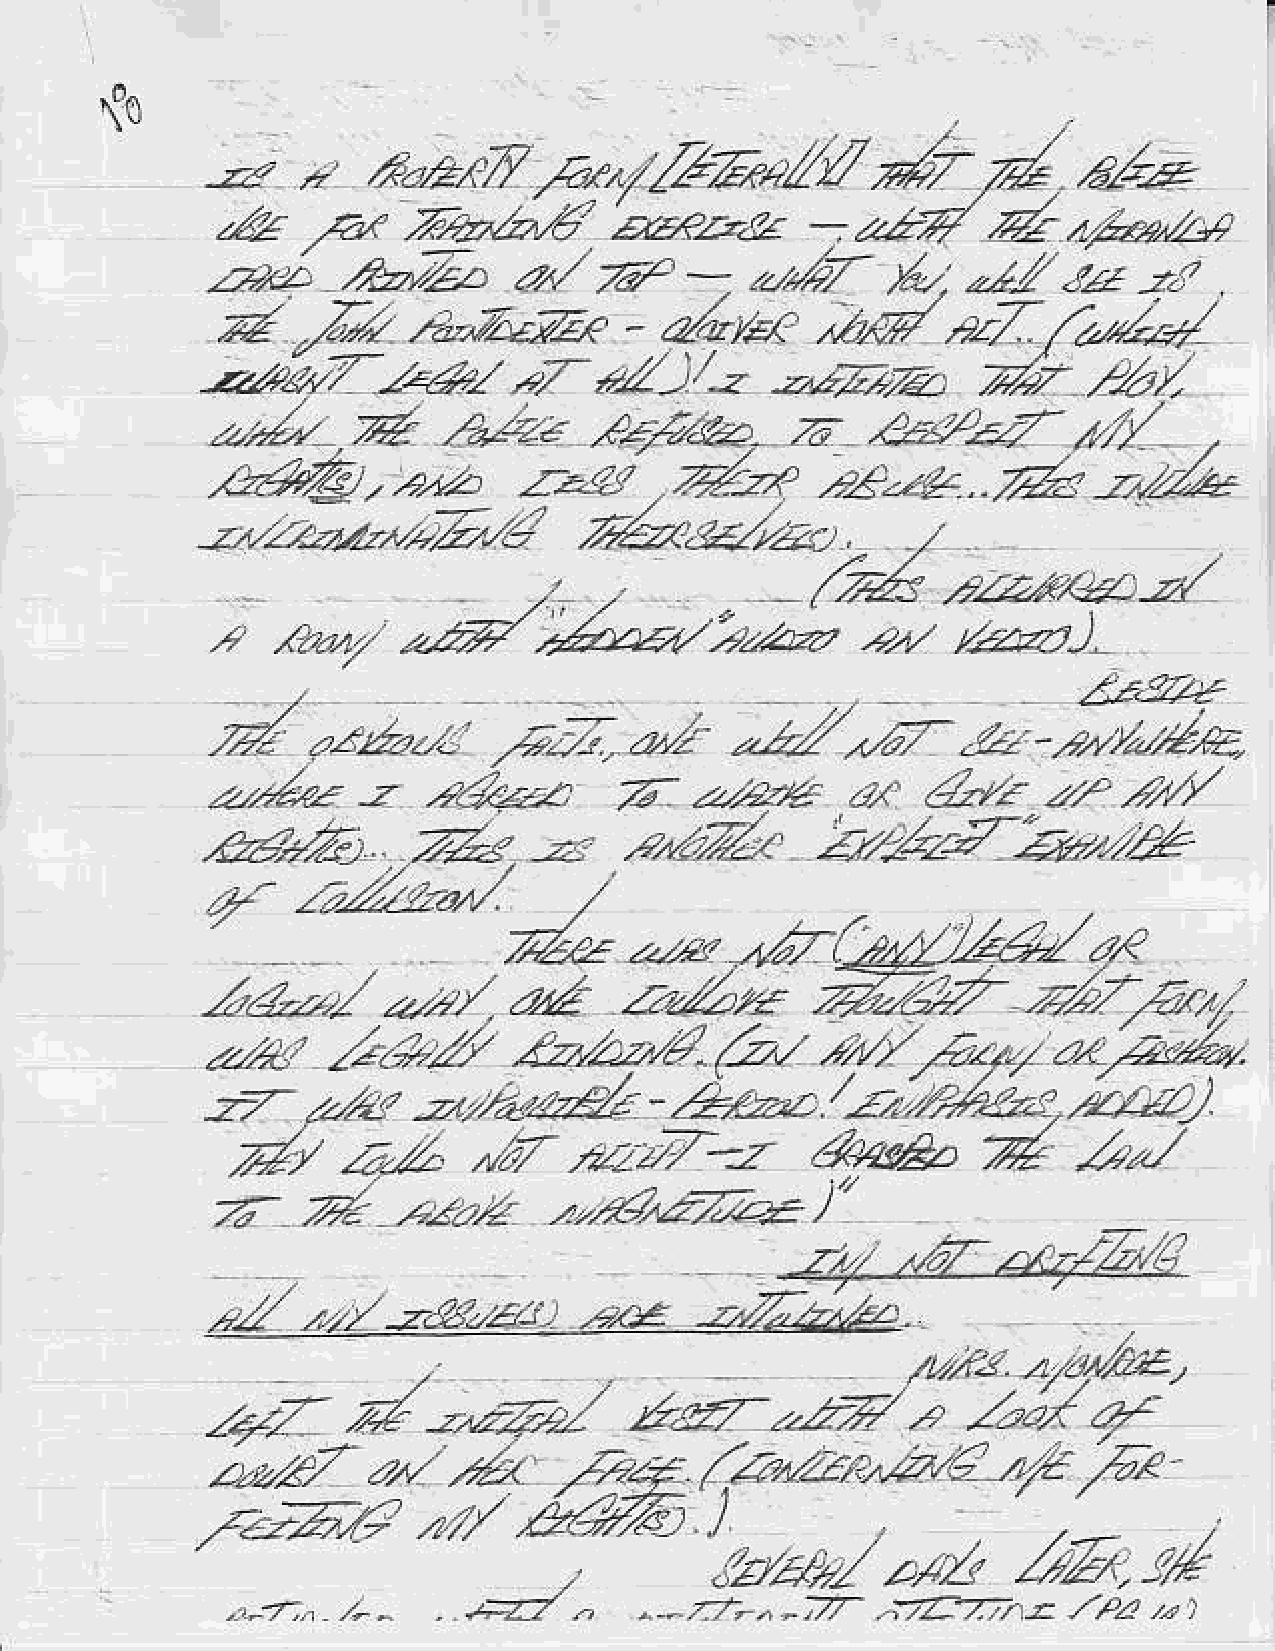
{o
 ,
 /      a.z
 --"       A"zrn       /4/,y'b2?.L,t.l
 ,4
 /e"   7re2,Z4'6     *R212        -  /zz'7    ,A,  zk4-,a
 ari                 a"    Z"        Lh       p,.  .z-
 ,<2,-2."               -
 pd              J:.2 -z
 ?z   Z,     lanlrtu        - a/",a              *Z    /a-/--"r
 -.zz-h7     z.&1     -Z    nZ    /-z  -.zz,z-c      7/z    r.,t,.
 -Z      .Z            o   )z/r.e4.    ,a    e'zzz-       t//
 .+Z
 /b4*,.,,,                      dP        ae-4..fu-2.2
 zz--e
 --.a*,-^22/4        24,"b..21,.t<
 -2 -"                 /   J               .
 ,h&.:zzxzzz/
 'izzz,
 2,,/  //.azr).
 /f    z'.22a     /.     ,/
 77a.    -a     *2-(24        z,t   1z,<
 a--i
 *-r,ru                      z:-,2
 ,:.,/;ral
 z,zz--
 .'./'z
 -)-   zlf         t)zzdZ     - Z--.zz-             z?zr   a,fJ/.
 zl      e*-.  a. a      .z:L--r        @.2              .-./
 V                      ,-.4r2/-z-       /
 -"nak